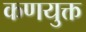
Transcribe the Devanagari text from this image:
कणयुक्त